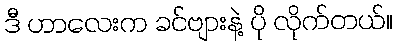
ဒီ ဟာလေးက ခင်ဗျားနဲ့ ပို လိုက်တယ်။